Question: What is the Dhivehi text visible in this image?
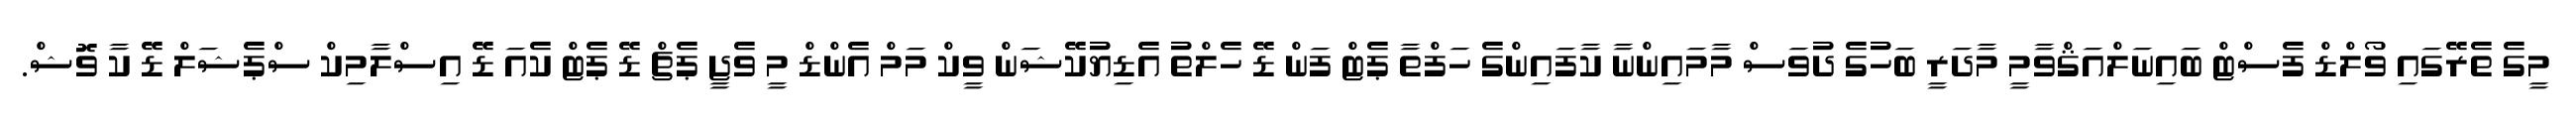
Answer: މީގެ ތެރޭގައި ވޯލްޑް ފެސްޓް ބައިނަލްއަޤްވާމީ މާދަރީ ބަހުގެ ދުވަސް މާމައިންނާ ކާފައިންގެ ހަފްތާ ޕެޓް ފަން ޑޭ ހެލްތު އެޑިޔުކޭޝަން ވީކް މަމް އެންޑް މީ ވެޖީ ޕެޗް ޑޭ ޕެޓް ކެއަ ޑޭ އިސްލާމިކް ސްޕެޝަލް ޑޭ ކާ ވޮޝް.